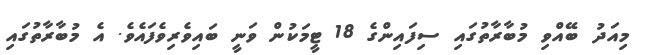
މިއަދު ބޭއްވި މުބާރާތުގައި ސިފައިންގެ 18 ޓީމަކުން ވަނީ ބައިވެރިވެފައެވެ. އެ މުބާރާތުގައި